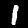
Label: 1